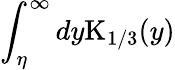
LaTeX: \int_{\eta}^{\infty}{dy\mathrm{K}_{1/3}(y)}